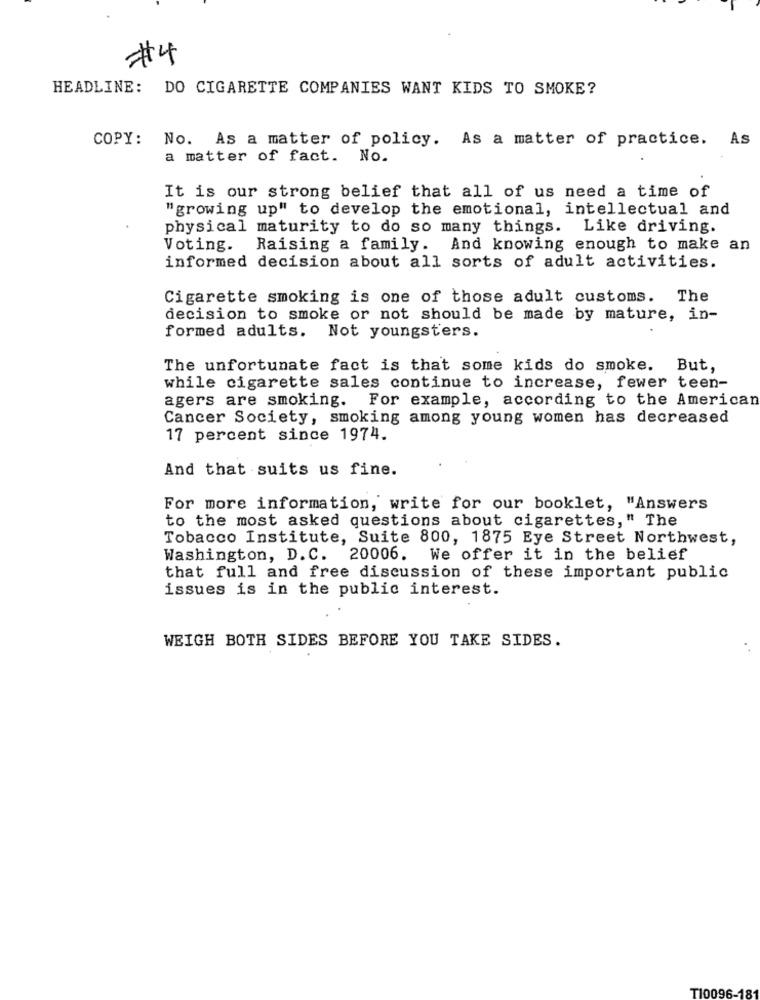
# 4
HEADLINE: DO CIGARETTE COMPANIES WANT KIDS TO SMOKE?
COPY:
No. As a matter of policy. As a matter of practice. As
a matter of fact. No.
It is our strong belief that all of us need a time of
"growing up" to develop the emotional, intellectual and
physical maturity to do so many things. Like driving.
Voting. Raising a family. And knowing enough to make an
informed decision about all sorts of adult activities.
Cigarette smoking is one of those adult customs. The
decision to smoke or not should be made by mature, in-
formed adults. Not youngsters.
The unfortunate fact is that some kids do smoke. But,
while cigarette sales continue to increase, fewer teen-
agers are smoking. For example, according to the American
Cancer Society, smoking among young women has decreased
17 percent since 1974.
And that suits us fine.
For more information, write for our booklet, "Answers
to the most asked questions about cigarettes," The
Tobacco Institute, Suite 800, 1875 Eye Street Northwest,
Washington, D.C. 20006. We offer it in the belief
that full and free discussion of these important public
issues is in the public interest.
WEIGH BOTH SIDES BEFORE YOU TAKE SIDES.
TI0096-181